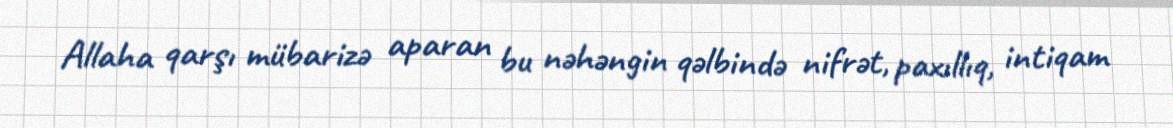
Allaha qarşı mübarizə aparan bu nəhəngin qəlbində nifrət, paxıllıq, intiqam